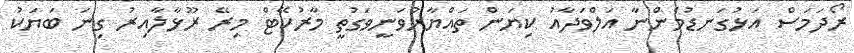
ރޯދަމަސް އަޅުގަނޑުމެންނާ އަލްވަދާއު ކިޔަން ތައްޔާރުވަނީވަގުތީ މާރުކޭޓް މިރޭ ރޫޅާލާއިރު ގިނަ ބަޔަކު